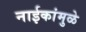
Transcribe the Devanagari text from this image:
नाईकांमुळे